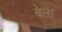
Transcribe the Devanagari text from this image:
बेलें।